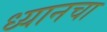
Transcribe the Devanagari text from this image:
ध्यानचा